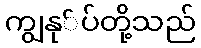
ကျွနု်ပ်တို့သည်